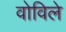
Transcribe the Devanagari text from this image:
वोविले